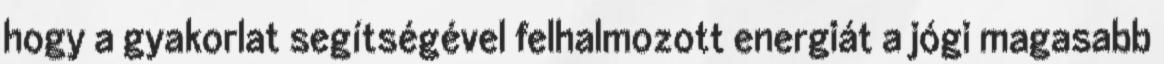
hogy a gyakorlat segítségével felhalmozott energiát a jógi magasabb